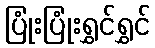
ပြုံးပြုံးရွှင်ရွှင်